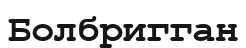
Болбригган